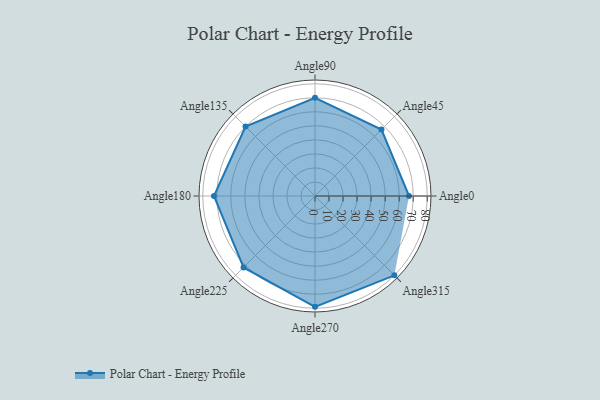
{"axis": {"x": "Angle", "y": "Radius"}, "legend": [""], "data": [{"x": "Angle0", "y": 67.0, "type": ""}, {"x": "Angle45", "y": 67.0, "type": ""}, {"x": "Angle90", "y": 70.0, "type": ""}, {"x": "Angle135", "y": 70.0, "type": ""}, {"x": "Angle180", "y": 72.0, "type": ""}, {"x": "Angle225", "y": 72.0, "type": ""}, {"x": "Angle270", "y": 79.0, "type": ""}, {"x": "Angle315", "y": 80.0, "type": ""}]}